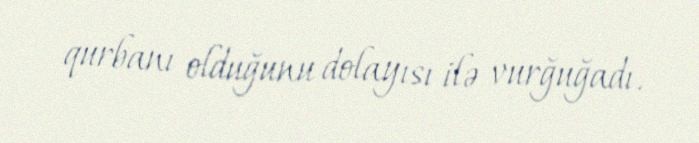
qurbanı olduğunu dolayısı ilə vurğuğadı.